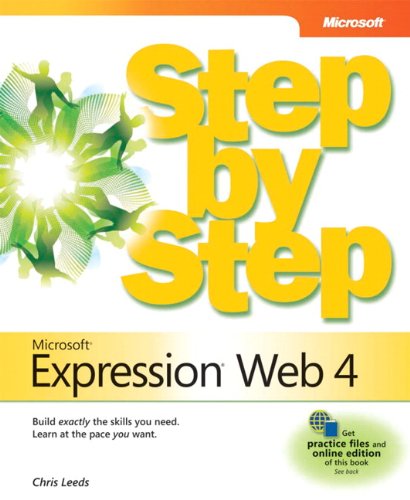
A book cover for Microsoft Expression Web 4 Step by Step; Chris Leeds; Computers & Technology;